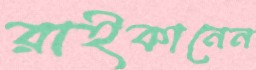
রাইকানেন